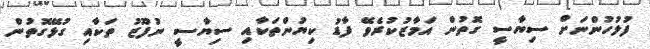
ފުލުހުންނަށް ސިޔާސީ ގޮތުން އަމާޒުކުރެވޭ ފާޑު ކިޔުންތަކާއި ސިޔާސީ ނުފޫޒު ތަކާއި ގުޅޭގޮތުން